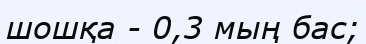
шошқа - 0,3 мың бас;